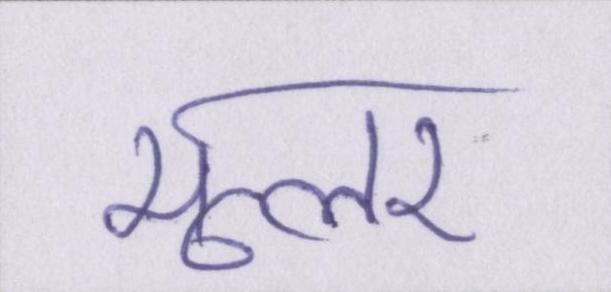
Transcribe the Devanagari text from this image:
मूलर